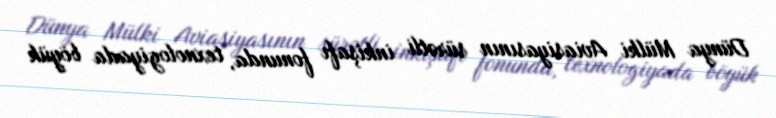
Dünya Mülki Aviasiyasının sürətli inkişafı fonunda, texnologiyada böyük